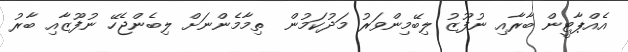
އެއްޕާޓީން ބާރާއި ނުފޫޒު ލިބޭމިންވަރު މަދުކަމުން  ތިމާމެންނަށް ލިބެންޖެހޭ ނުފޫޒާއި ބާރު